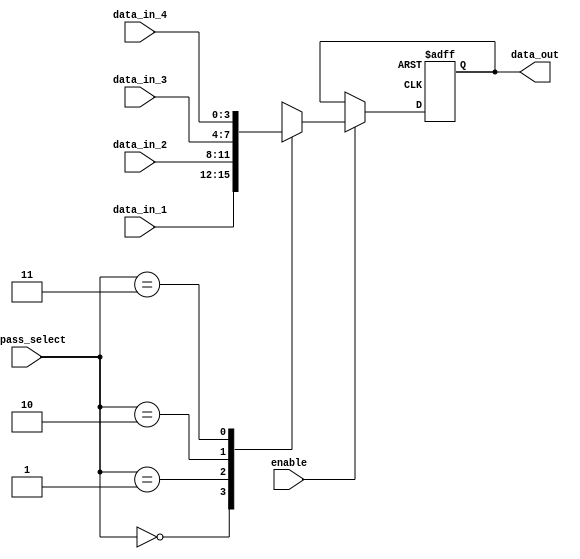
module bypass_register (
    input [3:0] data_in_1, data_in_2, data_in_3, data_in_4,
    input enable,
    input [1:0] bypass_select,
    output reg [3:0] data_out
);

reg [3:0] stored_data;

always @ (posedge clk or posedge reset) begin
    if (reset) begin
        stored_data <= 4'b0000;
    end else if (enable) begin
        case (bypass_select)
            2'b00: stored_data <= data_in_1;
            2'b01: stored_data <= data_in_2;
            2'b10: stored_data <= data_in_3;
            2'b11: stored_data <= data_in_4;
        endcase
    end
end

assign data_out = stored_data;

endmodule